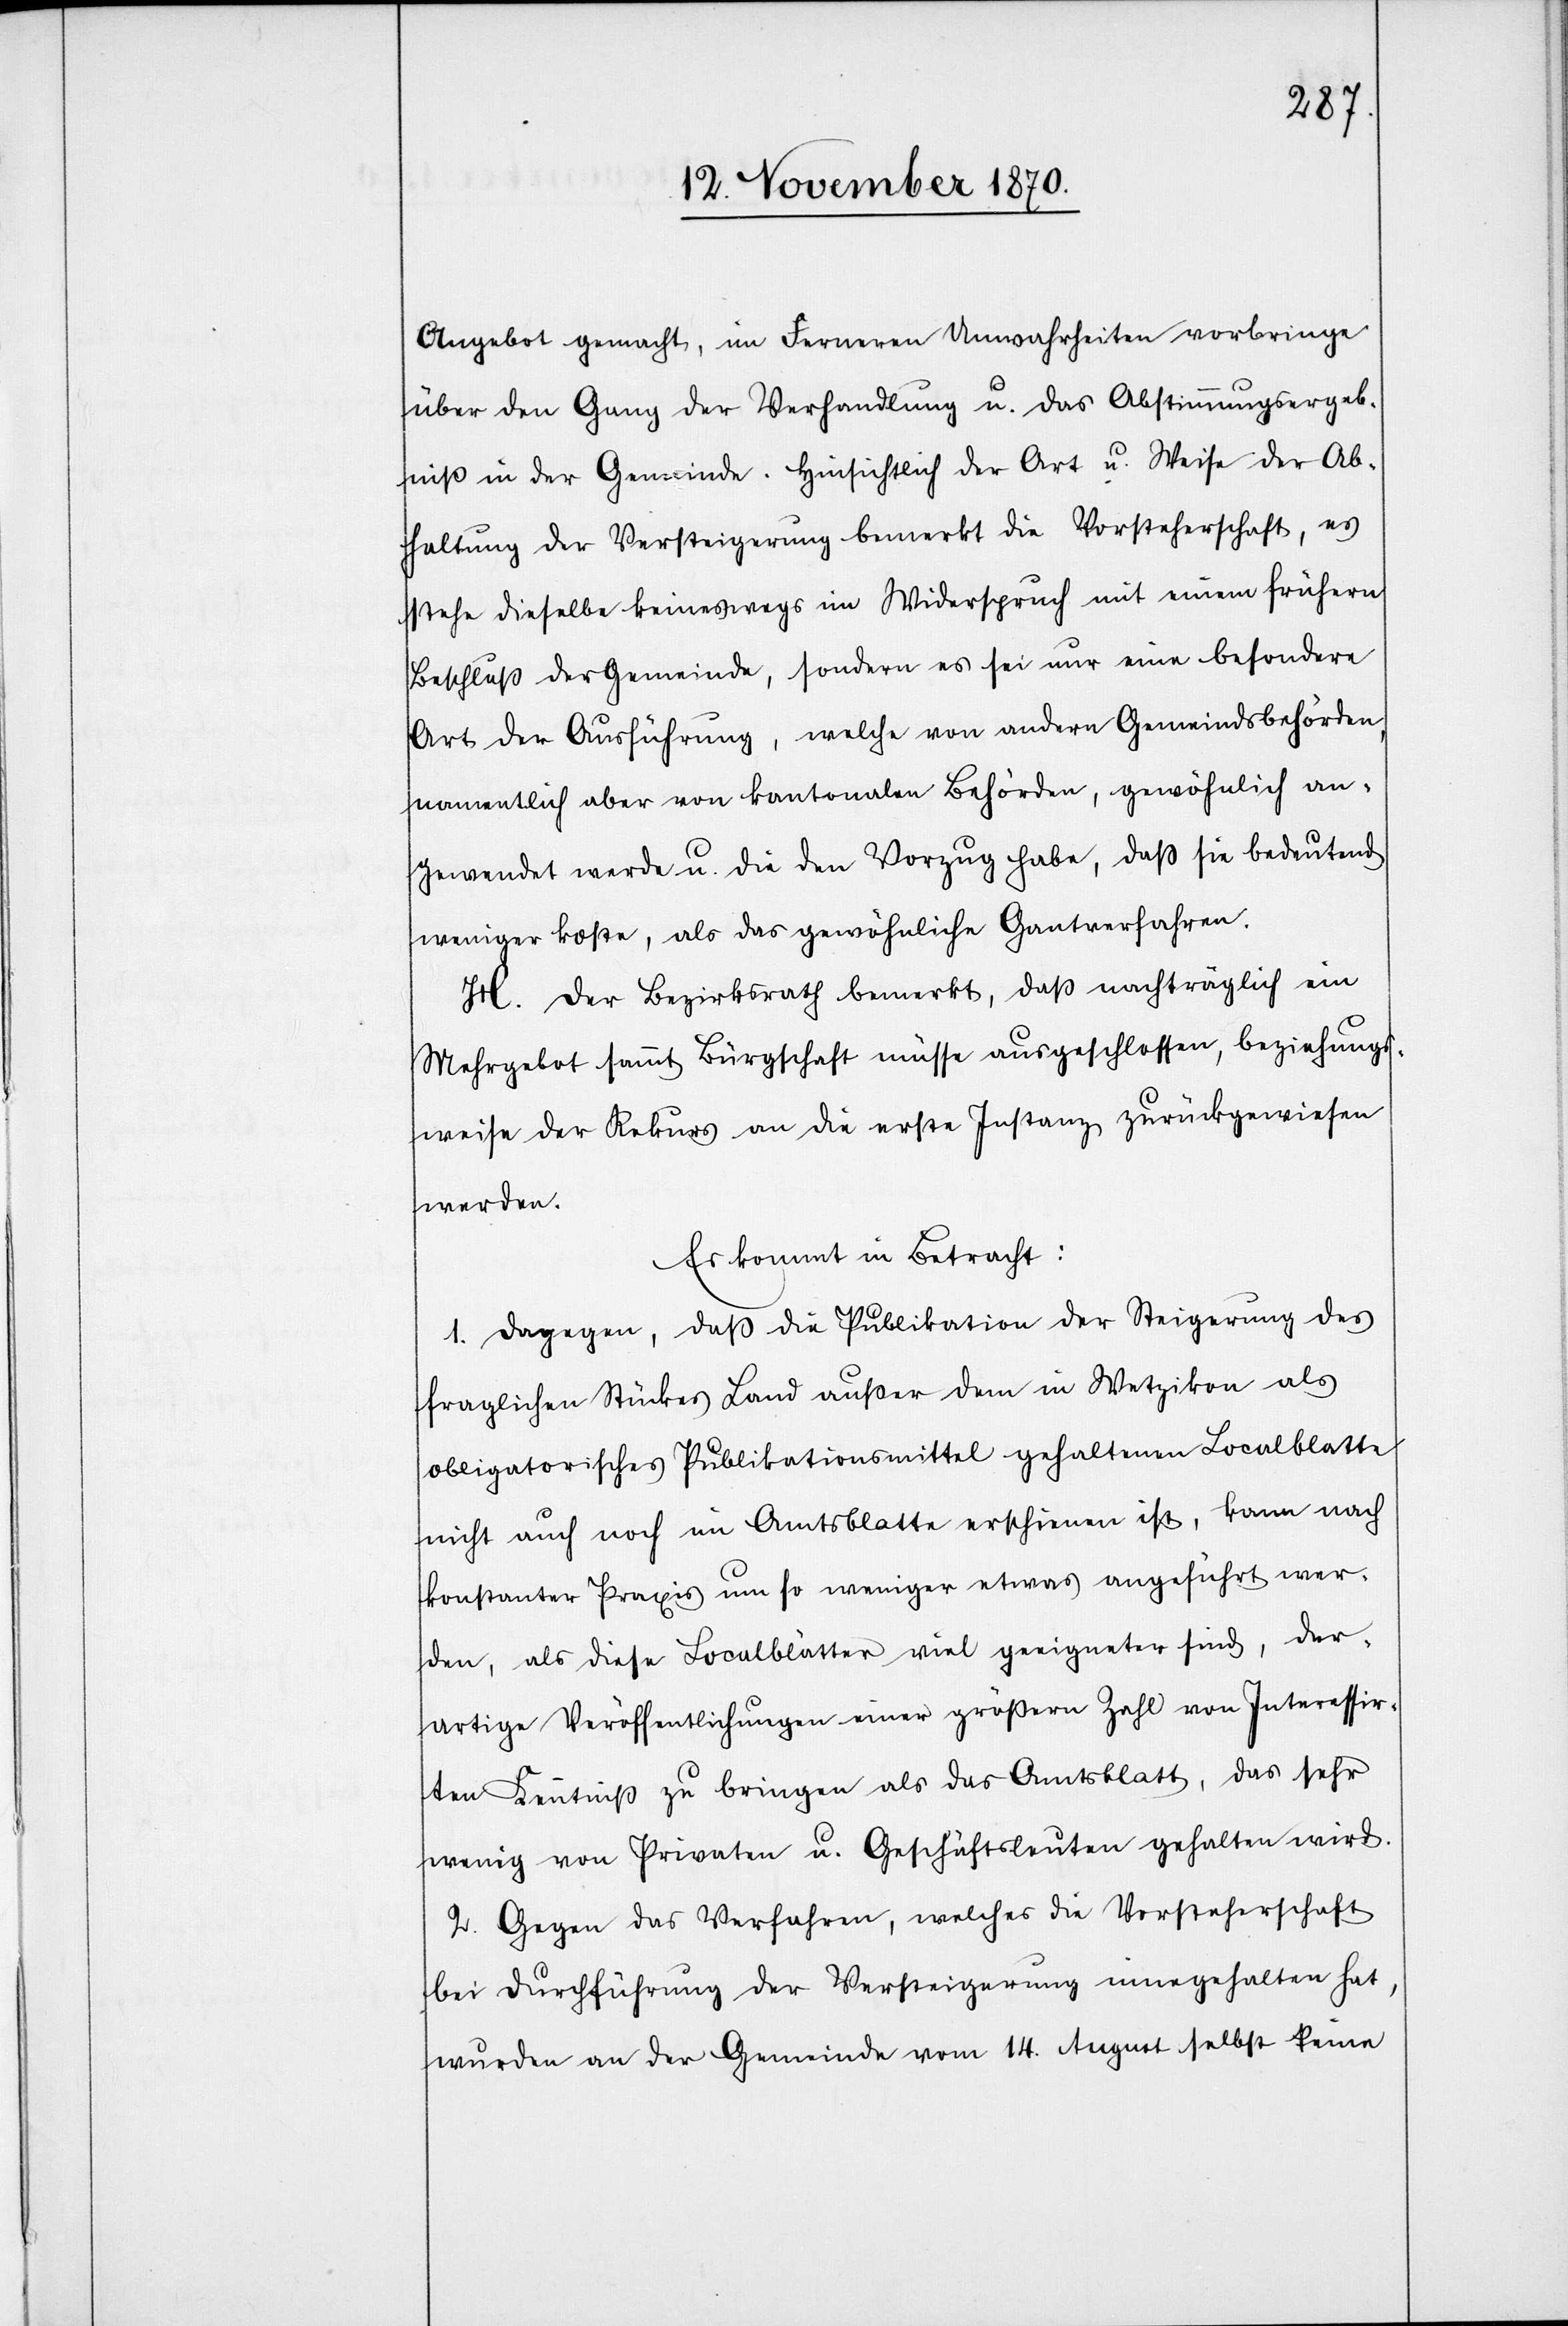
Angebot gemacht, im Ferneren Unwahrheiten vorbringe
über den Gang der Verhandlung u. das Abstimmungsergeb¬
niß in der Gemeinde. Hinsichtlich der Art u. Weise der Ab¬
haltung der Versteigerung bemerkt die Vorsteherschaft, es
stehe dieselbe keineswegs im Widerspruch mit einem frühern
Beschluß der Gemeinde, sondern es sei nur eine besondere
Art der Ausführung, welche von andern Gemeindsbehörden,
namentlich aber von kantonalen Behörden, persönlich an¬
gewendet werde u. die den Vorzug habe, daß sie bedeutend
weniger koste, als das persönliche Gantverfahren.
H. Der Bezirksrath bemerkt, daß nachträglich ein
Mehrgebot sammt Bürgschaft müsse ausgeschlossen, beziehungs¬
weise der Rekurs an die erste Instanz zurückgewiesen
werden.
Es kommt in Betracht:
1. Dagegen, daß die Publikation der Steigerung des
fraglichen Stückes Land außer dem in Wetzikon als
obligatorisches Publikationsmittel gehaltenen Localblatte
nicht auch noch im Amtsblatte erschienen ist, kann nach
konstanter Praxis um so weniger etwas angeführt wer¬
den, als diese Localblätter viel geeigneter sind, der¬
artige Veröffentlichungen einer größern Zahl von Interessir¬
ten Kenntniß zu bringen als das Amtsblatt, das sehr
wenig von Privaten u. Geschäftsleuten gehalten wird.
2. Gegen das Verfahren, welches die Vorsteherschaft
bei Durchführung der Versteigerung innegehalten hat,
wurden an der Gemeinde vom 14. August selbst keine